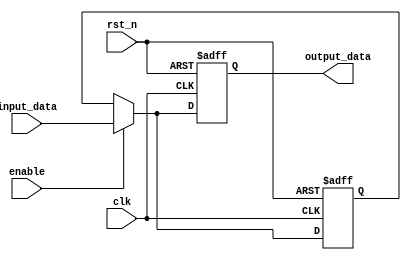
module Disable (
    input wire clk,                 // Clock signal
    input wire rst_n,              // Active low reset
    input wire enable,             // Control signal to disable/enable the block
    input wire [N-1:0] input_data, // Input data (N bits)
    output reg [N-1:0] output_data // Output data (N bits)
);
    parameter N = 8; // Define the data width, can be adjusted

    // A temporary register to hold the last valid output when disabled
    reg [N-1:0] last_valid_output;

    // Always block that describes the main functionality of the Disable block
    always @(posedge clk or negedge rst_n) begin
        if (!rst_n) begin
            output_data <= 0;             // Reset output to 0 on reset
            last_valid_output <= 0;        // Reset the last valid output
        end else if (!enable) begin
            // If disable condition is activated
            output_data <= last_valid_output; // Hold last valid output
        end else begin
            // Normal operation: process input data
            output_data <= input_data;   // Process the input data
            last_valid_output <= input_data; // Update the last valid output
        end
    end

endmodule